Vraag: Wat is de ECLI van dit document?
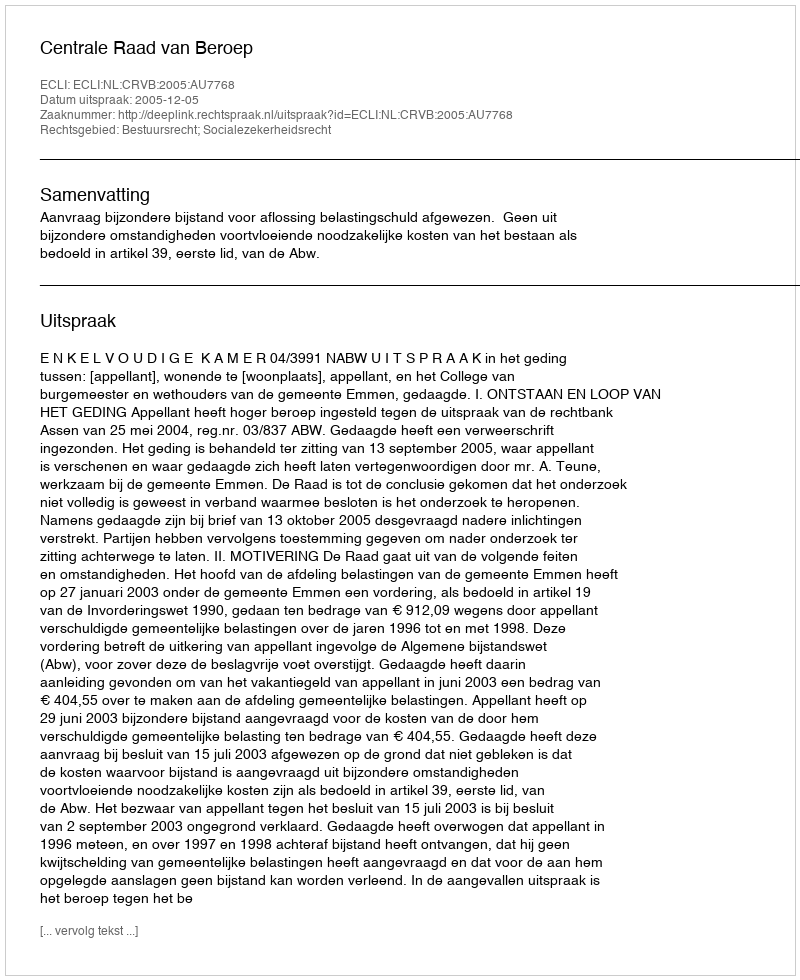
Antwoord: ECLI:NL:CRVB:2005:AU7768